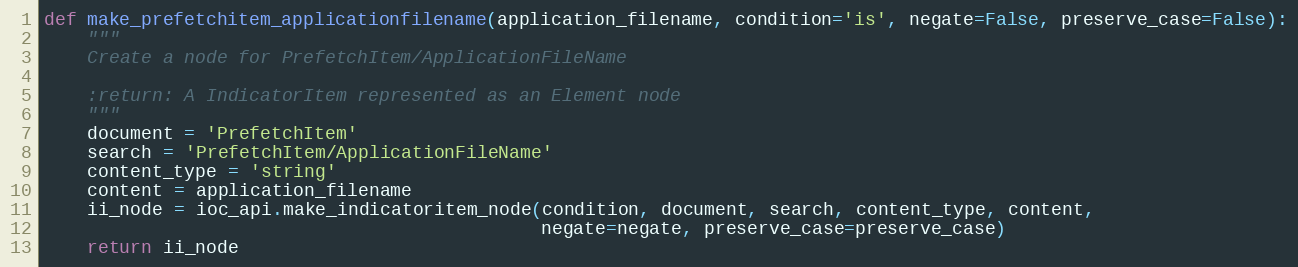
Language: Python
def make_prefetchitem_applicationfilename(application_filename, condition='is', negate=False, preserve_case=False):
    """
    Create a node for PrefetchItem/ApplicationFileName

    :return: A IndicatorItem represented as an Element node
    """
    document = 'PrefetchItem'
    search = 'PrefetchItem/ApplicationFileName'
    content_type = 'string'
    content = application_filename
    ii_node = ioc_api.make_indicatoritem_node(condition, document, search, content_type, content,
                                              negate=negate, preserve_case=preserve_case)
    return ii_node